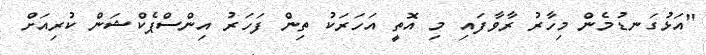
"އަޅުގަނޑުމެން މިހާރު ރާވާފައި މި އޮތީ އަހަރަކު ތިން ފަހަރު އިންސްޕެކްޝަން ކުރިއަށް